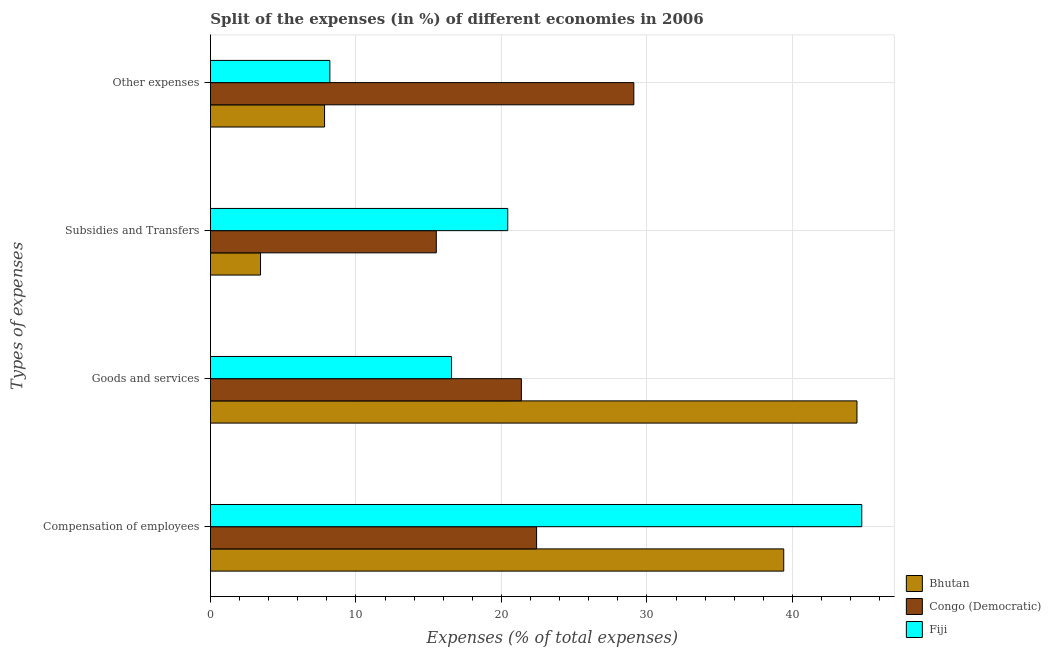
| Types of expenses | Bhutan | Congo (Democratic) | Fiji |
 | --- | --- | --- | --- |
 | Compensation of employees | 39.4 | 22.4 | 44.8 |
 | Goods and services | 44.4 | 21.4 | 16.6 |
 | Subsidies and Transfers | 3.45 | 15.5 | 20.4 |
 | Other expenses | 7.85 | 29.1 | 8.21 |